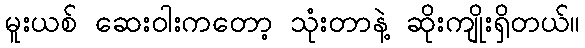
မူးယစ် ဆေးဝါးကတော့ သုံးတာနဲ့ ဆိုးကျိုးရှိတယ်။